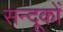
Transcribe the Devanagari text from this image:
सन्दूकों